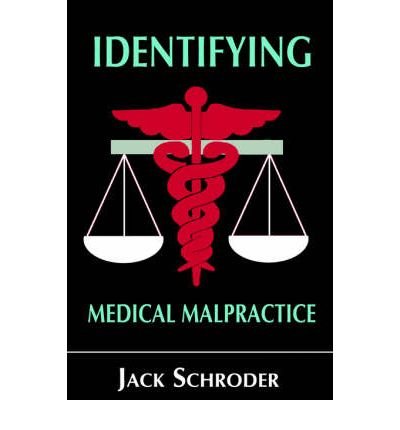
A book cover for Identifying Medical Malpractice; Jack Schroder; Law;